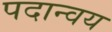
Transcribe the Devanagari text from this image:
पदान्वय